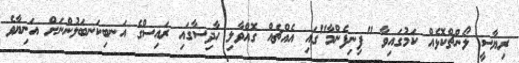
ރިޔާސީ ލޯންޗްކޮޅެއް ކަމުގައިވާ "ފިނިފެންމާ"ގައި އެއްޗެއް ގޮއްވާލި ހާދިސާގައި ރައިސްގެ އަނބިކަނބަލުންނަށް އަނިޔާވެ